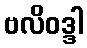
ဗလိဝဒ္ဒါ